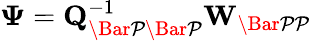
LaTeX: \mathbf{\Psi}=\mathbf{Q}_{\mathcal{\Bar{P}\Bar{P}}}^{-1}\mathbf{W}_{\mathcal{\Bar{P}P}}